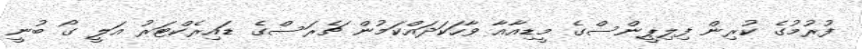
ފުރުމުގެ ކުރިން ފިލިޕީންސްގެ މީޑިއާއާ ވާހަކަދައްކަމުން ޗެރަސްގެ ޑައިރެކްޓަރު އަލީ ގޯ ބުނީ